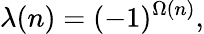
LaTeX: \lambda(n)=(-1)^{\Omega(n)},